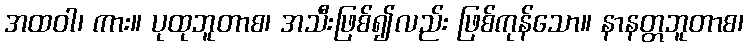
အထဝါ၊ ကား။ ပုထုဘူတာစ၊ အသီးဖြစ်၍လည်း ဖြစ်ကုန်သော။ နာနတ္တဘူတာစ၊